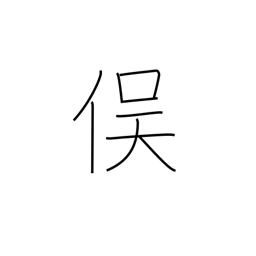
Meaning: junction